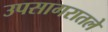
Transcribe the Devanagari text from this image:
उपसागरातले